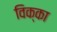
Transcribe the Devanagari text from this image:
विक्का